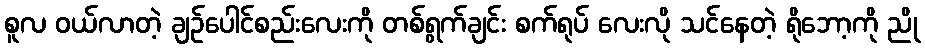
စူလ ဝယ်လာတဲ့ ချဉ်ပေါင်စည်းလေးကို တစ်ရွက်ချင်း စက်ရုပ် လေးလို သင်နေတဲ့ ရိုဘော့ကို ညို